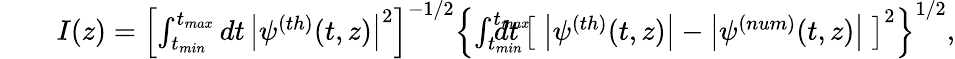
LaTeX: \begin{array}{rlr}&{}&{I(z)=\left[\int_{t_{min}}^{t_{max}}dt\, \left|\psi^{(th)}(t,z)\right|^{2}\right]^{-1/2}\left\{ \int_{t_{min}}^{t_{max}}\! \! \! \! \! \! \! \! \! dt\, \left[\; \left|\psi^{(th)}(t,z)\right|-\left|\psi^{(num)}(t,z)\right|\; \right]^{2}\right\} ^{1/2},}\end{array}